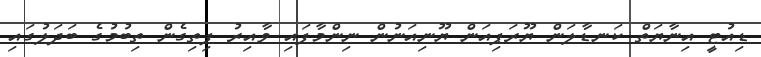
ޑިއުޓީ އިނާޔަތް ކަނޑާލަން ޔޫރަޕިއަން ޔޫނިއަނުން ނިންމާފައި ވާއިރު ފިތިގެން ތިބުމުގެ ބަދަލުގައި